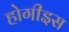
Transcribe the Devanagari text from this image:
होगीइस